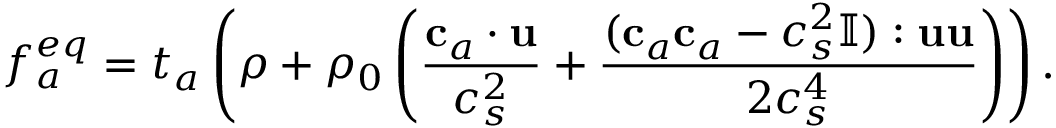
f _ { a } ^ { e q } = t _ { a } \left( \rho + \rho _ { 0 } \left( \frac { \mathbf { c } _ { a } \cdot \mathbf { u } } { c _ { s } ^ { 2 } } + \frac { ( \mathbf { c } _ { a } \mathbf { c } _ { a } - c _ { s } ^ { 2 } \mathbb { I } ) : \mathbf { u } \mathbf { u } } { 2 c _ { s } ^ { 4 } } \right) \right) .